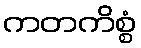
ကတကိစ္စံ